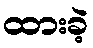
ထားခဲ့